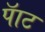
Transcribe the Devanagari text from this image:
पॅाट